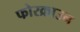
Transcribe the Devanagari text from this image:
फोरक्राउन